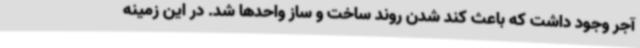
آجر وجود داشت که باعث کند شدن روند ساخت و ساز واحدها شد. در این زمینه